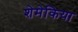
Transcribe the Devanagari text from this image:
शेमेकिया